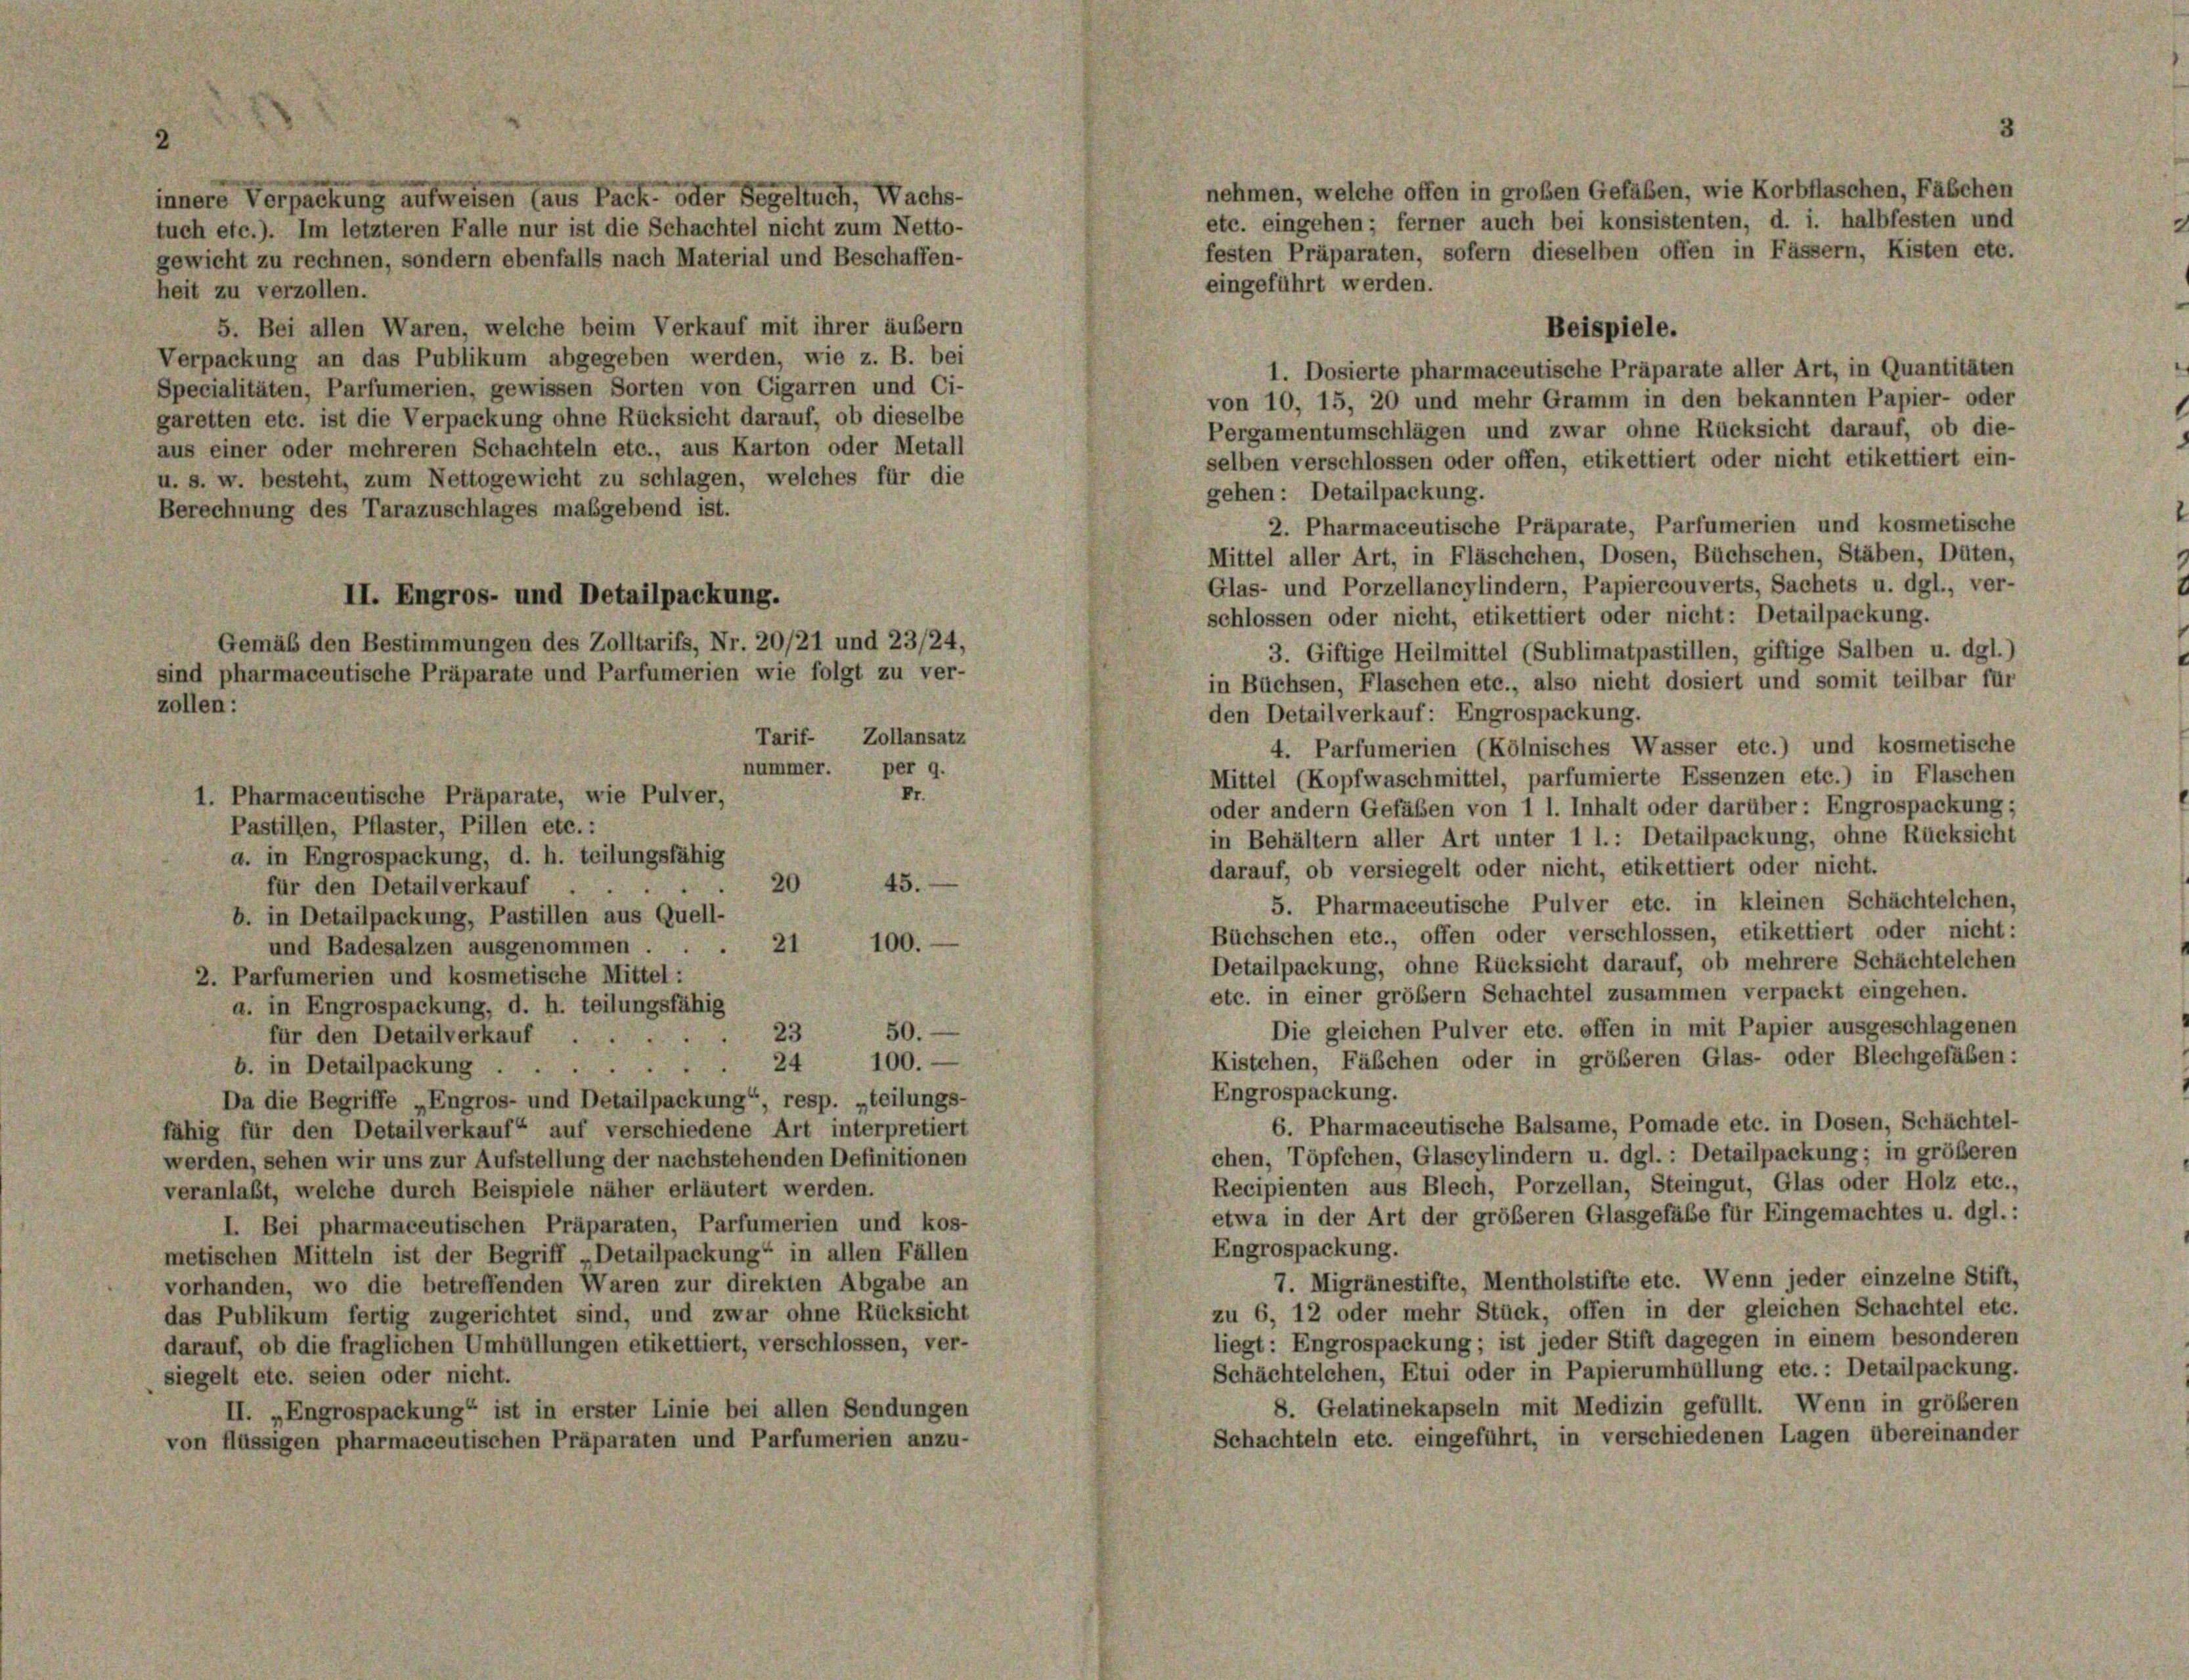
innere Verpackung aufweisen (aus Pach- oder Segeltuch, Wachs-
tuch etc.). Im letzteren Falle nur ist die Schachtel nicht zum Netto-
gewicht zu rechnen, sondern ebenfalls nach Material und Beschaffen-
heit zu verzollen.
5. Bei allen Waren, welche beim Verkauf mit ihrer äußern
Verpackung an das Publikum abgegeben werden, wie z. B. bei
Specialitäten, Parfumerien, gewissen Sorten von Cigarren und Ci-
garetten etc. ist die Verpackung ohne Rücksicht darauf, ob dieselbe
aus einer oder mehreren Schachteln etc., aus Karton oder Metall
u. s. w. besteht, zum Nettogewicht zu schlagen, welches für die
Berechnung des Tarazuschlages maßgebend ist.

II. Engros- und Detailpackung.
Gemäß den Bestimmungen des Zolltarifs, Nr. 20/21 und 23/24,
sind pharmaceutische Präparate und Parfumerien wie folgt zu ver-
1. Pharmaceutische Präparate, wie Pulver,
Pastillen, Pflaster, Pillen etc.:
a. in Engrospackung, d. h. teilungsfähig
20
für den Detailverkauf
b. in Detailpackung, Pastillen aus Quell-
und Badesalzen ausgenommen.
21
2. Parfumerien und kosmetische Mittel:
a. in Engrospackung, d. h. teilungsfähig
50.
23
für den Detailverkauf . .
100.
24
b. in Detailpackung ...
Da die Begriffe „Engros- und Detailpackung“, resp. „teilungs-
fähig für den Detailverkauf“ auf verschiedene Art interpretiert
werden, sehen wir uns zur Aufstellung der nachstehenden Definitionen
veranlaßt, welche durch Beispiele näher erläutert werden.
I. Bei pharmaceutischen Präparaten, Parfumerien und kos-
metischen Mitteln ist der Begriff „Detailpackung“ in allen Fällen
vorhanden, wo die betreffenden Waren zur direkten Abgabe an
das Publikum fertig zugerichtet sind, und zwar ohne Rücksicht
darauf, ob die fraglichen Umhüllungen etikettiert, verschlossen, ver-
siegelt etc. seien oder nicht.
II. „Engrospackung“ ist in erster Linie bei allen Sendungen
von flüssigen pharmaceutischen Präparaten und Parfumerien anzu-

zollen:

Tarif- Zollansatz
nummer. per 9.

45.
100.

Dr.

nehmen, welche offen in großen Gefäßen, wie Korbflaschen, Fäschen
etc. eingehen; ferner auch bei konsistenten, d. i. halbfesten und
festen Präparaten, sofern dieselben offen in Fässern, Kisten etc.
eingeführt werden.
Beispiele.
1. Dosierte pharmaceutische Präparate aller Art, in Quantitäten
von 10, 15, 20 und mehr Gramm in den bekannten Papier- oder
Pergamentumschlägen und zwar ohne Rücksicht darauf, ob die-
selben verschlossen oder offen, etikettiert oder nicht etikettiert ein-
gehen: Detailpackung.
2. Pharmaceutische Präparate, Parfumerien und kosmetische
Mittel aller Art, in Fläschehen, Dosen, Büchschen, Stäben, Düten,
Glas- und Porzellancylindern, Papiercouverts, Sachets u. dgl., ver-
schlossen oder nicht, etikettiert oder nicht: Detailpackung.
3. Giftige Heilmittel (Sublimatpastillen, giftige Salben u. dgl.)
in Büchsen, Flaschen etc., also nicht dosiert und somit teilbar für
den Detailverkauf: Engrospackung.
4. Parfumerien (Kölnisches Wasser etc.) und kosmetische
Mittel (Kopfwaschmittel, parfumierte Essenzen etc.) in Flaschen
oder andern Gefäben von 1 l. Inhalt oder darüber: Engrospackung;
in Behältern aller Art unter 1 l.: Detailpackung, ohne Rücksicht
darauf, ob versiegelt oder nicht, etikettiert oder nicht.
5. Pharmaceutische Pulver etc. in kleinen Schächtelchen,
Büchschen etc., offen oder verschlossen, etikettiert oder nicht:
Detailpackung, ohne Rücksicht darauf, ob mehrere Schächtelchen
etc. in einer größer Schachtel zusammen verpackt eingehen.
Die gleichen Pulver etc. offen in mit Papier ausgeschlagenen
Kistchen, Fäschen oder in größeren Glas- oder Blechgefaßen:
Engrospackung.
6. Pharmaceutische Balsame, Pomade etc. in Dosen, Schächtel-
chen, Töpfchen, Glascylindern u. dgl.: Detailpackung; in größeren
Recipienten aus Blech, Porzellan, Steingut, Glas oder Holz etc.,
etwa in der Art der größeren Glasgefäbe für Eingemachtes u. dgl.:
Engrospackung.
7. Migränestifte, Mentholstifte etc. Wenn jeder einzelne Stift,
zu 6, 12 oder mehr Stück, offen in der gleichen Schachtel etc.
liegt: Engrospackung; ist jeder Stift dagegen in einem besonderen
Schächtelchen, Etui oder in Papierumhüllung etc. : Detailpackung.
8. Gelatinekapseln mit Medizin gefüllt. Wenn in größeren
Schachteln etc. eingeführt, in verschiedenen Lagen übereinander